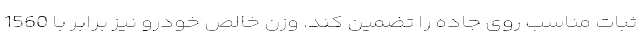
ثبات مناسب روی جاده را تضمین کند. وزن خالص خودرو نیز برابر با 1560